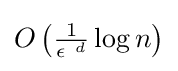
O\left({\tfrac {1}{{\epsilon \ }^{d}}}\log n\right)